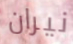
نيران